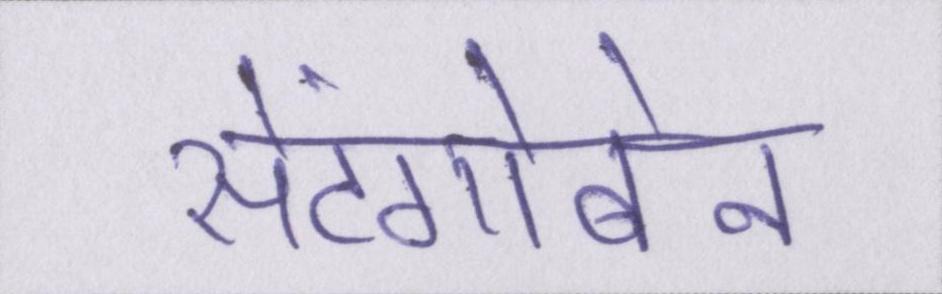
सेंटगोबेन